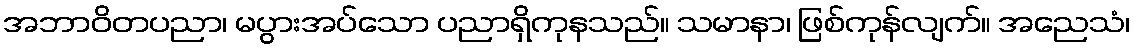
အဘာဝိတပညာ၊ မပွားအပ်သော ပညာရှိကုနသည်။ သမာနာ၊ ဖြစ်ကုန်လျက်။ အညေသံ၊